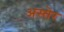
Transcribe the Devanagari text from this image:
अस्तेर